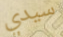
سيدي